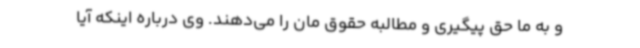
و به ما حق پیگیری و مطالبه حقوق مان را می‌دهند. وی درباره اینکه آیا